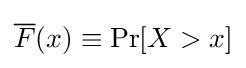
{\overline {F}}(x)\equiv \Pr[X>x]